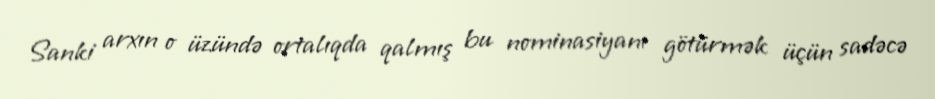
Sanki arxın o üzündə ortalıqda qalmış bu nominasiyanı götürmək üçün sadəcə